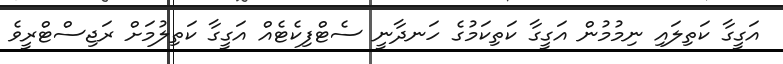
އަގީގާ ކަތިލައި ނިމުމުން އަގީގާ ކަތިކަމުގެ ހަނދާނީ ސެޓްފިކެޓެއް އަގީގާ ކަތިލުމަށް ރަޖިސްޓްރީވެ